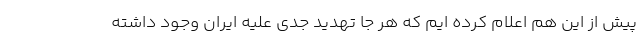
پیش از این هم اعلام کرده ایم که هر جا تهدید جدی علیه ایران وجود داشته